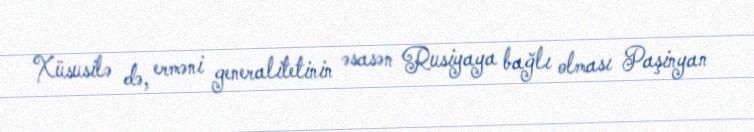
Xüsusilə də, erməni generalitetinin əsasən Rusiyaya bağlı olması Paşinyan